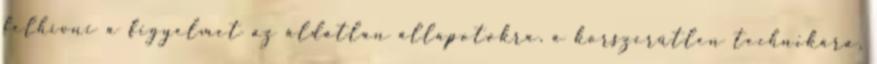
felhívni a figyelmet az áldatlan állapotokra, a korszerűtlen technikára,